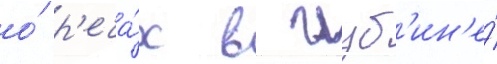
о́ р'еча́х в глуб'ин'е́